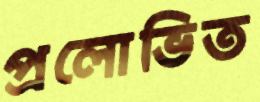
প্রলোভিত